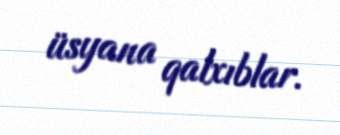
üsyana qalxıblar.